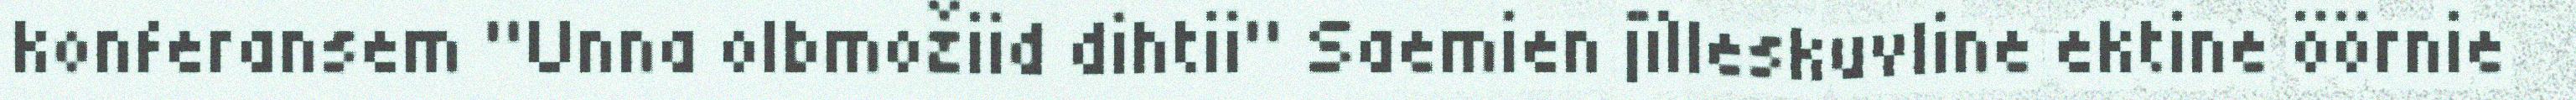
konferansem "Unna olbmožiid dihtii" Saemien jïlleskuvline ektine öörnie